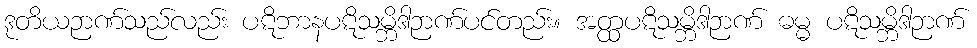
ဒုတိယဉာဏ်သည်လည်း ပဋိဘာနပဋိသမ္ဘိဒါဉာဏ်ပင်တည်း။ အတ္ထပဋိသမ္ဘိဒါဉာဏ် ဓမ္မ ပဋိသမ္ဘိဒါဉာဏ်